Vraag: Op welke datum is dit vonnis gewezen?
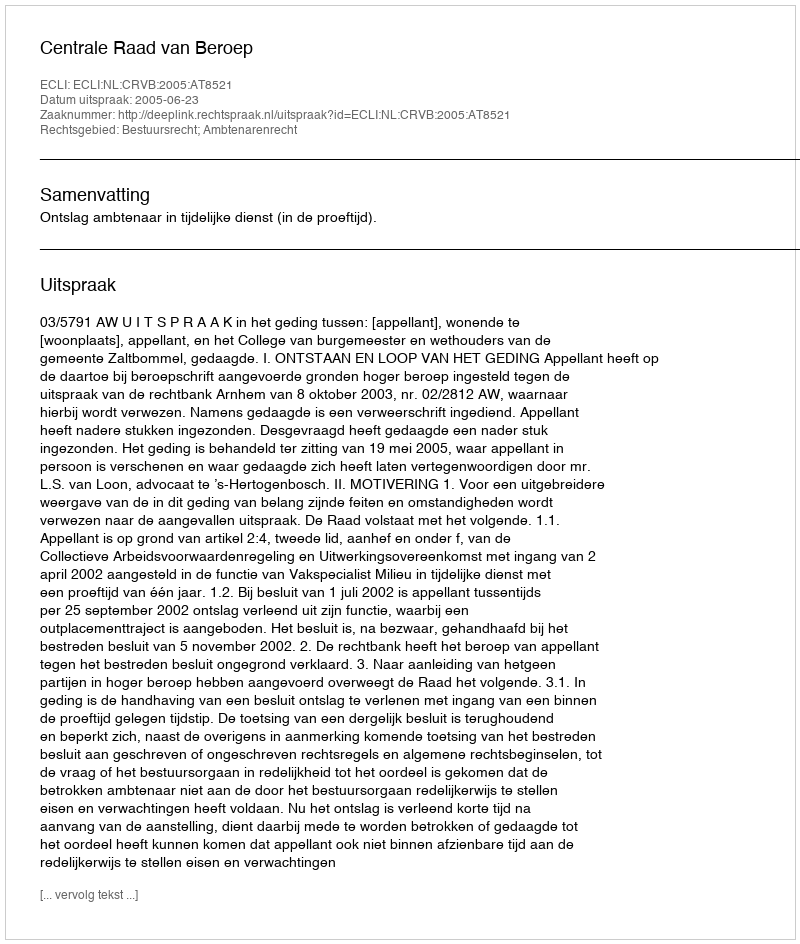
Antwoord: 2005-06-23